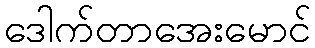
ဒေါက်တာအေးမောင်